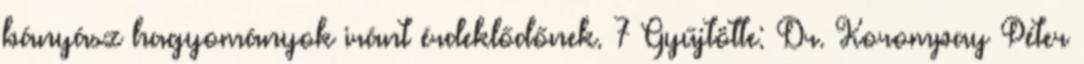
bányász hagyományok iránt érdeklődőnek. 7 Gyűjtötte: Dr. Korompay Péter